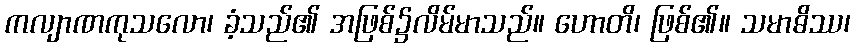
ကလျာဏကုသလော၊ ခံ့သည်၏ အဖြစ်၌လိမ်မာသည်။ ဟောတိ၊ ဖြစ်၏။ သမာဓိဿ၊